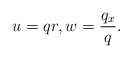
\begin{align*}u=q r, w = \frac{q_x}{q} .\end{align*}